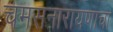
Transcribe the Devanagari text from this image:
चमसनारायणाचा